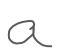
Text: a
Cross-out: clean
Writing tool: digital_gray